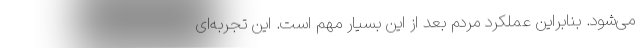
می‌شود. بنابراین عملکرد مردم بعد از این بسیار مهم است. این تجربه‌ای